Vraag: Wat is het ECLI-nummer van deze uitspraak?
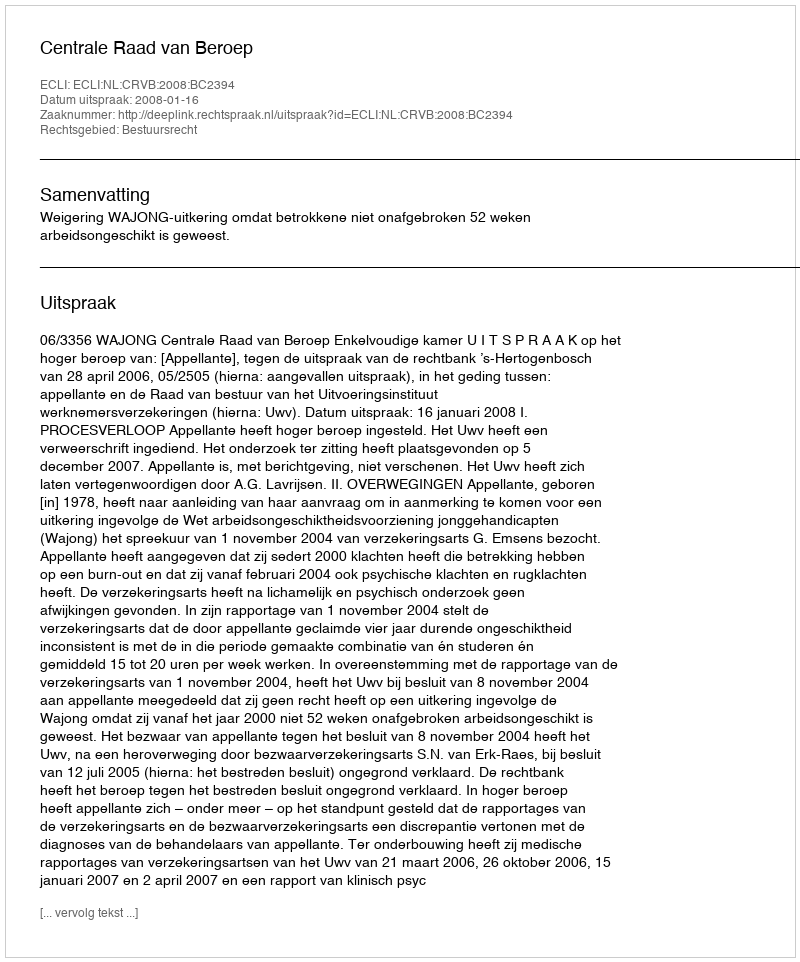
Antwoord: ECLI:NL:CRVB:2008:BC2394